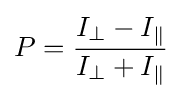
P={\frac {I_{\perp }-I_{\|}}{I_{\perp }+I_{\|}}}\